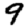
Digit: 9